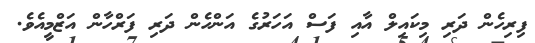
ފިރިހެން ދަރި މިކައިލް އާއި ފަސް އަހަރުގެ އަންހެން ދަރި ފަރްހާން އަޒްމީއެވެ.